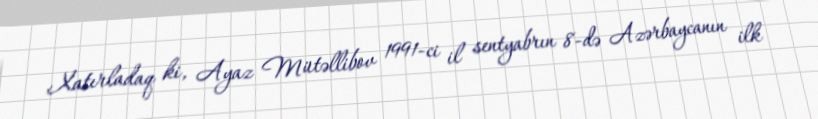
Xatırladaq ki, Ayaz Mütəllibov 1991-ci il sentyabrın 8-də Azərbaycanın ilk